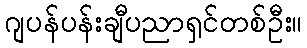
ဂျပန်ပန်းချီပညာရှင်တစ်ဦး။